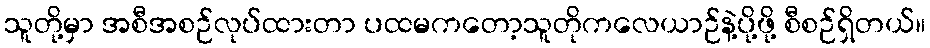
သူတို့မှာ အစီအစဉ်လုပ်ထားတာ ပထမကတော့သူတိုကလေယာဉ်နဲ့ပို့ဖို့ စီစဉ်ရှိတယ်။